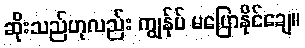
ဆိုးသည်ဟုလည်း ကျွန်ုပ် မပြောနိုင်ချေ။